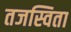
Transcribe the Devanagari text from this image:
तजस्विता